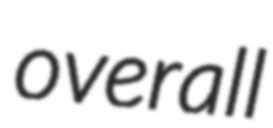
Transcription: overall